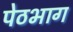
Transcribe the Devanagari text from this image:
पेठभाग